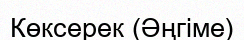
Көксерек (Әңгіме)